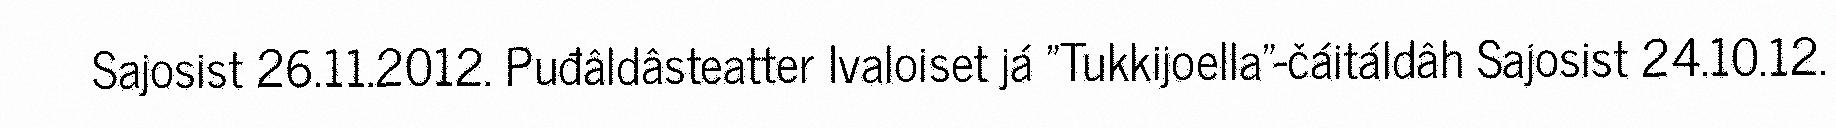
Sajosist 26.11.2012. Puđâldâsteatter Ivaloiset já "Tukkijoella"-čáitáldâh Sajosist 24.10.12.